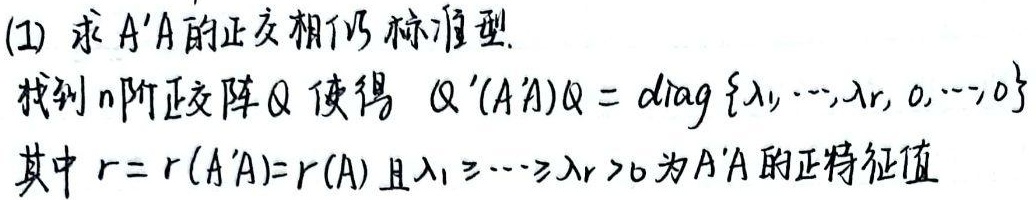
(1) 求 \(A'A\) 的正交相似标准型。找到 \(n\)阶正交阵\(Q\) ，使得 \(Q'(A'A)Q = \mathrm{diag}\{\lambda_1, \cdots, \lambda_r, 0, \cdots, 0\}\)，其中 \(r = r(A'A)=r(A)\) 且\(\lambda_1 \geq \cdots\geq \lambda_r > 0\) 为\(A'A\) 的正特征值。